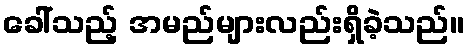
ခေါ်သည့် အမည်များလည်းရှိခဲ့သည်။